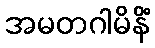
အမတဂါမိနိံ